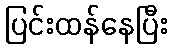
ပြင်းထန်နေပြီး